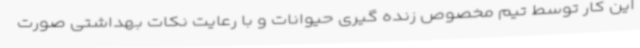
این کار توسط تیم مخصوص زنده گیری حیوانات و با رعایت نکات بهداشتی صورت